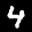
Label: 4